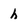
Character: h